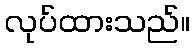
လုပ်ထားသည်။